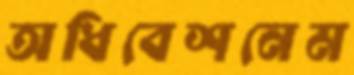
অধিবেশনেম